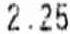
2.25